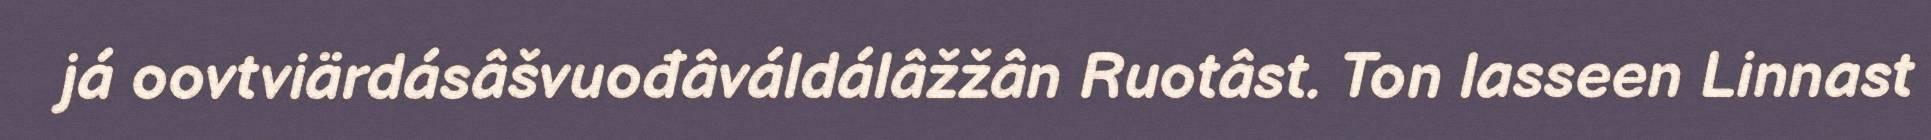
já oovtviärdásâšvuođâváldálâžžân Ruotâst. Ton lasseen Linnast